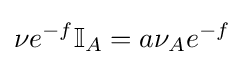
\nu e^{-f}\mathbb {I} _{A}=a\nu _{A}e^{-f}